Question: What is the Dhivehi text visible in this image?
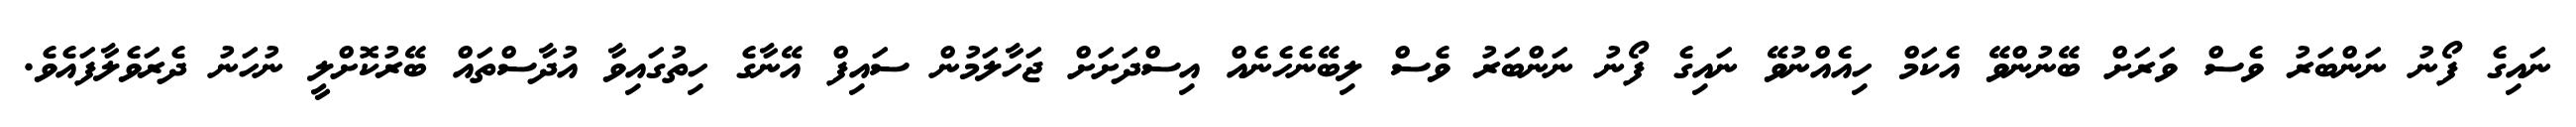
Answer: ނައިގެ ފޯނު ނަންބަރު ވެސް ވަރަށް ބޭނުންވޭ އެކަމް ހިއެއްނުވޭ ނައިގެ ފޯނު ނަންބަރު ވެސް ލިބޭނެހެނެއް އިސްދަށަށް ޖަހާލަމުން ސައިފް އޭނާގެ ހިތުގައިވާ އުދާސްތައް ބޭރުކޮށްލީ ނުހަނު ދެރަވެލާފައެވެ.